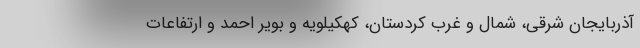
آذربایجان شرقی، شمال و غرب کردستان، کهکیلویه و بویر احمد و ارتفاعات